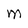
Character: M